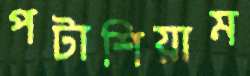
পটাশিয়াম